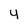
Character: y